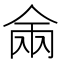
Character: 𰂑